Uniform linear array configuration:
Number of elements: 24
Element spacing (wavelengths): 0.75
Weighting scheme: hamming
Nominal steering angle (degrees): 30
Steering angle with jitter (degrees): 29.517
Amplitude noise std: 0.05
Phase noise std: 0.05

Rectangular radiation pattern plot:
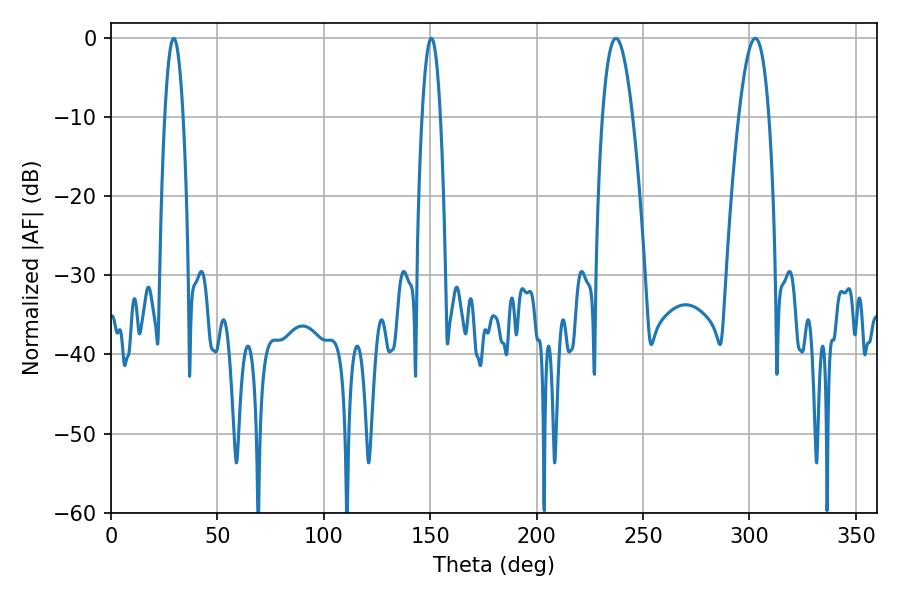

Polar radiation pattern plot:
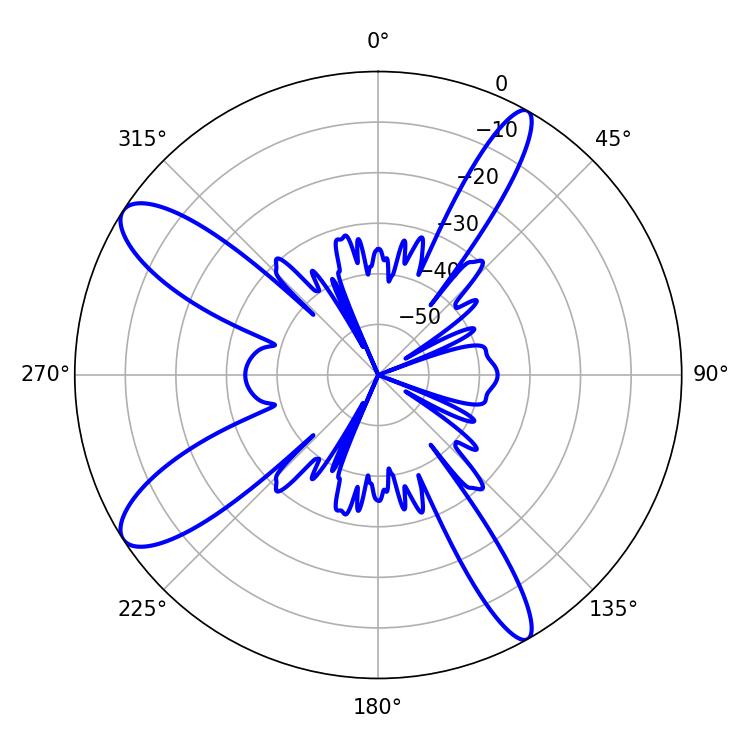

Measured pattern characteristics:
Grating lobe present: TRUE
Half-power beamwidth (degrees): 7.74
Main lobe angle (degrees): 302.76